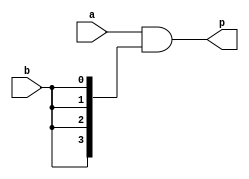
`timescale 1ns/1ps


module bit_multiplier #(parameter N = 4) 
   (
    input [N-1:0]  a,
    input 	   b,
    output reg [N-1:0] p
    );

   reg [N-1:0] 	       c;
   
   always @(*) begin
      c = {N{b}};
      
      p = a & c;
   end
   
endmodule